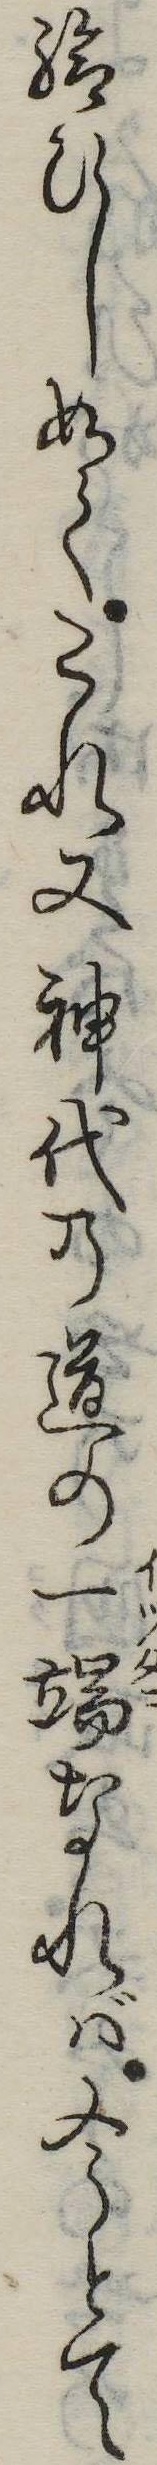
給ひし如くこれ又神代の道の一端なれば今とて